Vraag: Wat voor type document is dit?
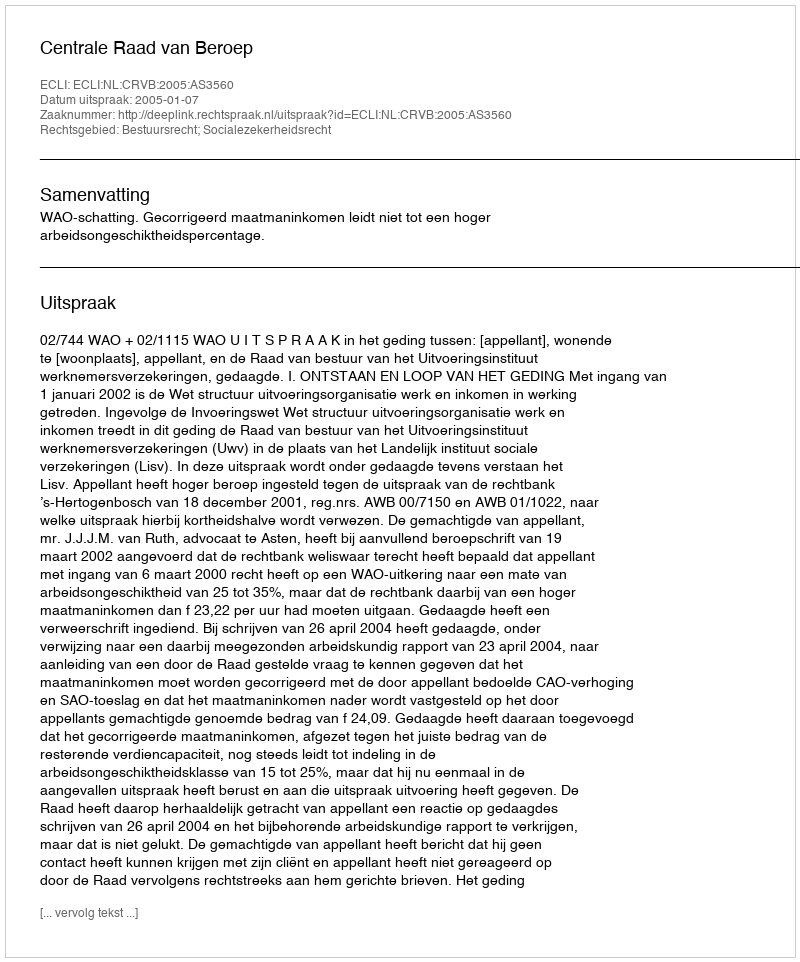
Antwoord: Uitspraak